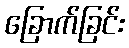
ခြောက်ခြင်း